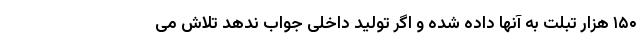
۱۵۰ هزار تبلت به آنها داده شده و اگر تولید داخلی جواب ندهد تلاش می